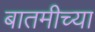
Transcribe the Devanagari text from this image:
बातमीच्या